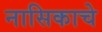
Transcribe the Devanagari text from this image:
नासिकाचे